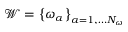
\mathcal { W } = \left\{ \omega _ { \alpha } \right\} _ { \alpha = 1 , \dots N _ { \omega } }